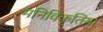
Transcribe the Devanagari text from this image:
मनिविकृतियां